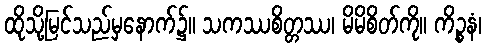
ထိုသို့မြင်သည်မှနောက်၌။ သကဿစိတ္တဿ၊ မိမိစိတ်ကို။ ကိဉ္စနံ၊